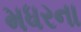
મધરના